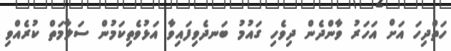
ހަތްދިހަ އަށް އަހަރު ވާންދެން ދިވެހި ގައުމު ބަނދެވިފައިވާ އަޅުވެތިކަމުން ސަލާމަތް ކުރެއްވި